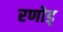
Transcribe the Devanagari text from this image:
रणोड्